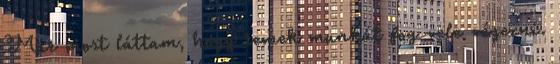
Már most láttam, hogy remek munkát fog vele végezni.